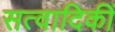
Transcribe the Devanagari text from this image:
सत्वादिकीं